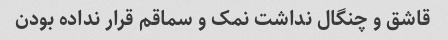
قاشق و چنگال نداشت نمک و سماقم قرار نداده بودن